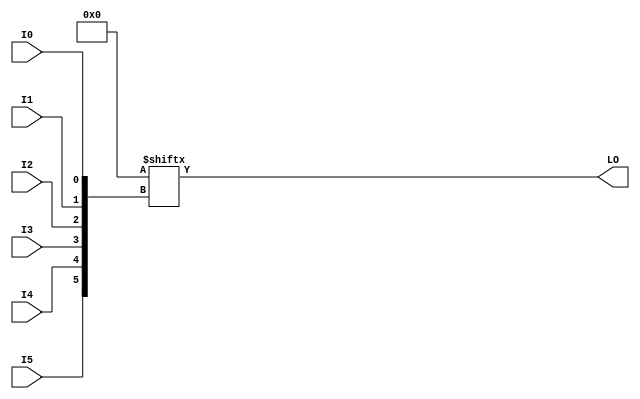
module LUT6_L (LO, I0, I1, I2, I3, I4, I5);

  parameter INIT = 64'h0000000000000000;

  input I0, I1, I2, I3, I4, I5;

  output LO;

  reg LO;
  reg tmp;

  always @( I5 or I4 or I3 or  I2 or  I1 or  I0 )  begin
 
    tmp =  I0 ^ I1  ^ I2 ^ I3 ^ I4 ^ I5;

    if ( tmp == 0 || tmp == 1)

        LO = INIT[{I5, I4, I3, I2, I1, I0}];

    else 
    
      LO =  lut6_mux8 ( {lut6_mux8 ( INIT[63:56], {I2, I1, I0}),
                          lut6_mux8 ( INIT[55:48], {I2, I1, I0}),
                          lut6_mux8 ( INIT[47:40], {I2, I1, I0}),
                          lut6_mux8 ( INIT[39:32], {I2, I1, I0}),
                          lut6_mux8 ( INIT[31:24], {I2, I1, I0}),
                          lut6_mux8 ( INIT[23:16], {I2, I1, I0}),
                          lut6_mux8 ( INIT[15:8], {I2, I1, I0}),
                          lut6_mux8 ( INIT[7:0], {I2, I1, I0}) }, {I5, I4, I3});
  end

  function lut6_mux8;
  input [7:0] d;
  input [2:0] s;
   
  begin

   if ((s[2]^s[1]^s[0] ==1) || (s[2]^s[1]^s[0] ==0))
           
       lut6_mux8 = d[s];

     else
       if ( ~(|d))
             lut6_mux8 = 1'b0;
       else if ((&d))
             lut6_mux8 = 1'b1;
       else if (((s[1]^s[0] ==1'b1) || (s[1]^s[0] ==1'b0)) && (d[{1'b0,s[1:0]}]==d[{1'b1,s[1:0]}]))
             lut6_mux8 = d[{1'b0,s[1:0]}];
       else if (((s[2]^s[0] ==1) || (s[2]^s[0] ==0)) && (d[{s[2],1'b0,s[0]}]==d[{s[2],1'b1,s[0]}]))
             lut6_mux8 = d[{s[2],1'b0,s[0]}];
       else if (((s[2]^s[1] ==1) || (s[2]^s[1] ==0)) && (d[{s[2],s[1],1'b0}]==d[{s[2],s[1],1'b1}]))
             lut6_mux8 = d[{s[2],s[1],1'b0}];
       else if (((s[0] ==1) || (s[0] ==0)) && (d[{1'b0,1'b0,s[0]}]==d[{1'b0,1'b1,s[0]}]) &&
          (d[{1'b0,1'b0,s[0]}]==d[{1'b1,1'b0,s[0]}]) && (d[{1'b0,1'b0,s[0]}]==d[{1'b1,1'b1,s[0]}]))
             lut6_mux8 = d[{1'b0,1'b0,s[0]}];
       else if (((s[1] ==1) || (s[1] ==0)) && (d[{1'b0,s[1],1'b0}]==d[{1'b0,s[1],1'b1}]) &&
          (d[{1'b0,s[1],1'b0}]==d[{1'b1,s[1],1'b0}]) && (d[{1'b0,s[1],1'b0}]==d[{1'b1,s[1],1'b1}]))
             lut6_mux8 = d[{1'b0,s[1],1'b0}];
       else if (((s[2] ==1) || (s[2] ==0)) && (d[{s[2],1'b0,1'b0}]==d[{s[2],1'b0,1'b1}]) &&
          (d[{s[2],1'b0,1'b0}]==d[{s[2],1'b1,1'b0}]) && (d[{s[2],1'b0,1'b0}]==d[{s[2],1'b1,1'b1}]))
             lut6_mux8 = d[{s[2],1'b0,1'b0}];
       else
             lut6_mux8 = 1'bx;
   end
  endfunction

endmodule